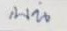
บน